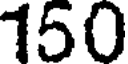
150